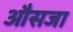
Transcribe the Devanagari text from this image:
औसजा